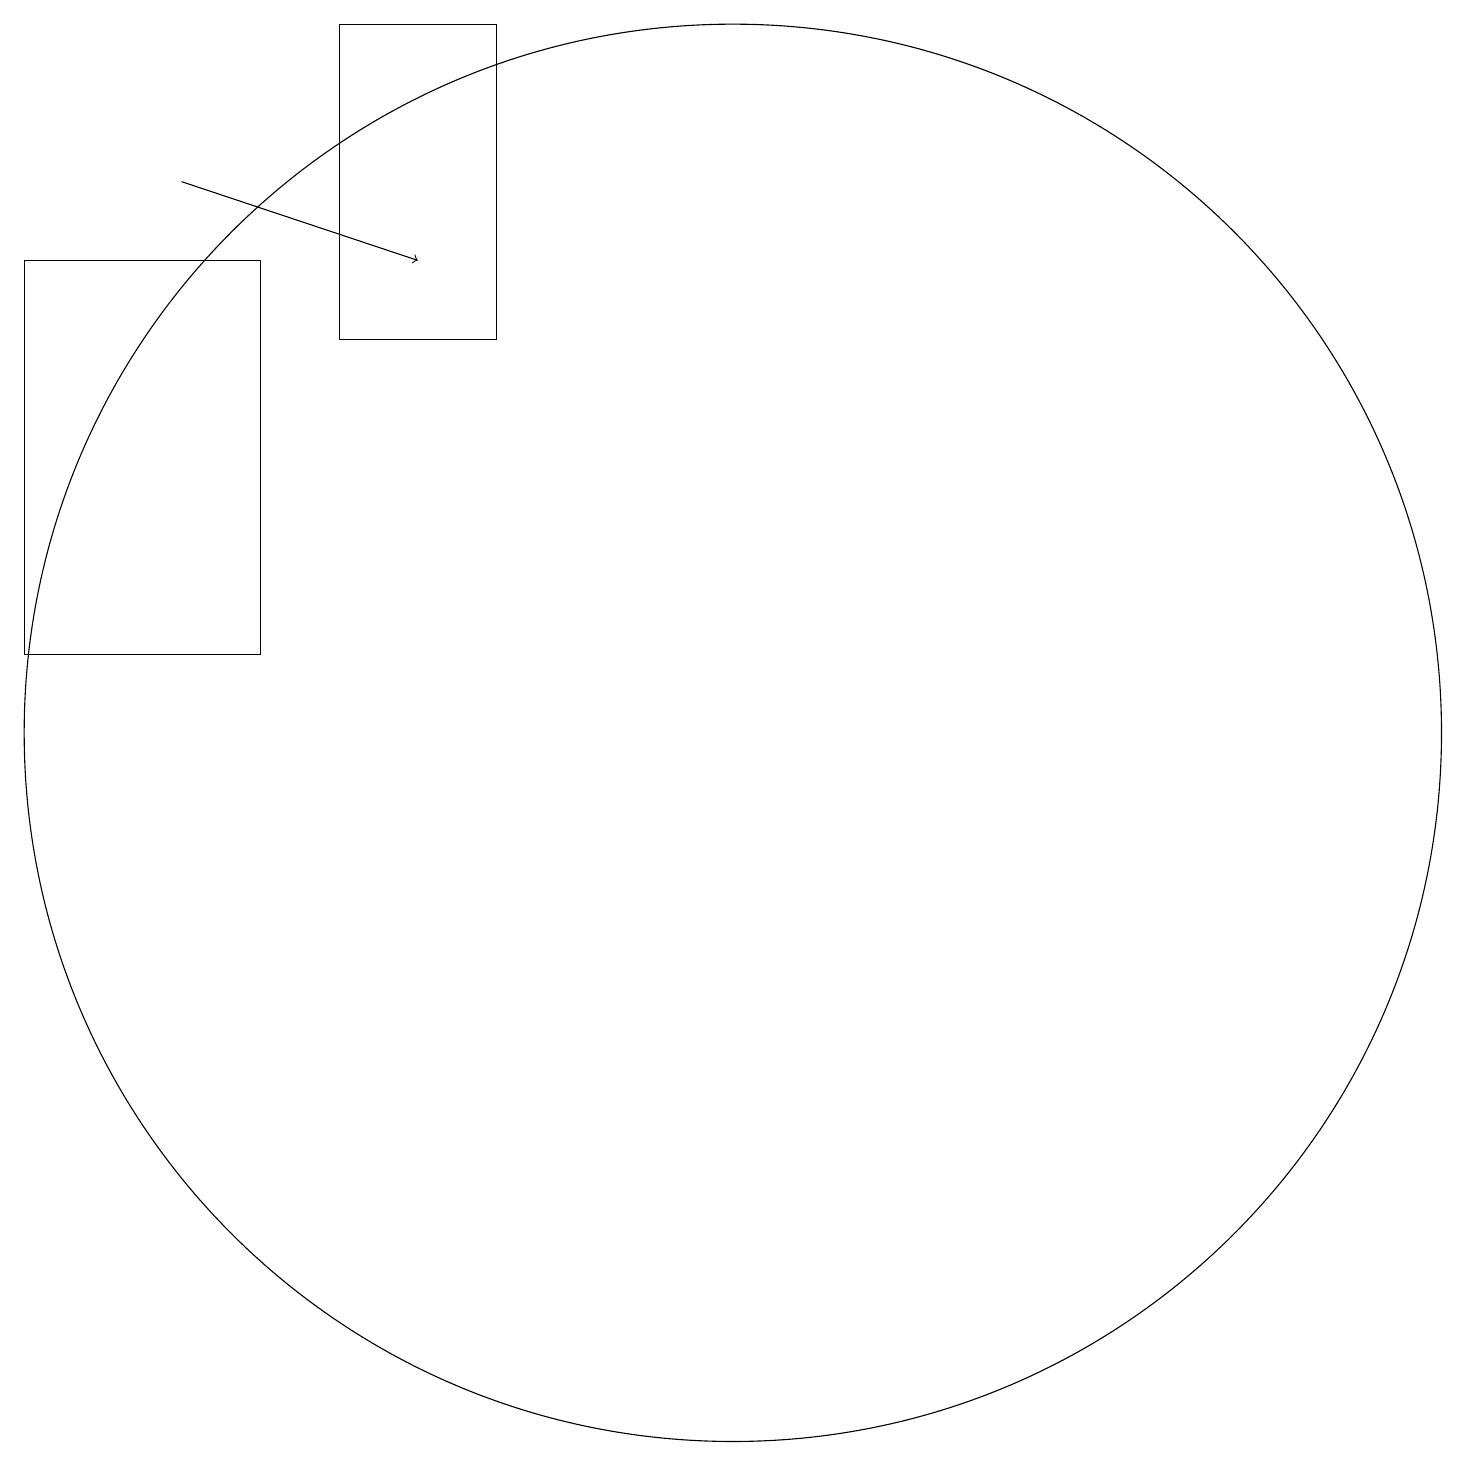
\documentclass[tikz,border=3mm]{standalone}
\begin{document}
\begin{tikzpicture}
\draw[->] (4,17) -- (7,16);
\draw (8,19) rectangle (6,15);
\draw (11,10) circle (9);
\draw (5,16) rectangle (2,11);
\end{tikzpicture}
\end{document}